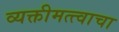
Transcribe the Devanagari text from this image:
व्यक्तीमत्त्वाचा